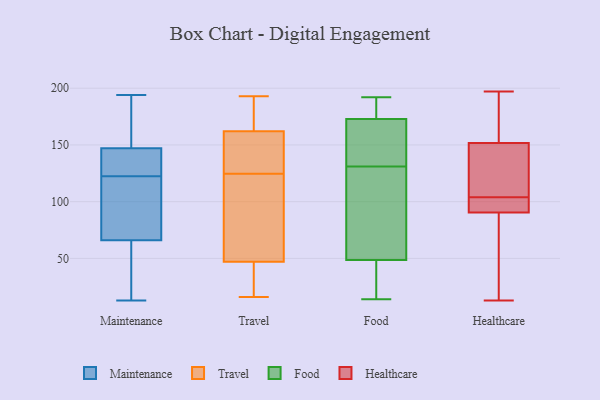
{"axis": {"x": "Population (Million)", "y": "Value"}, "legend": ["Food", "Healthcare", "Maintenance", "Travel"], "data": [{"x": "", "y": 194, "type": "Maintenance"}, {"x": "", "y": 131, "type": "Maintenance"}, {"x": "", "y": 69, "type": "Maintenance"}, {"x": "", "y": 27, "type": "Maintenance"}, {"x": "", "y": 185, "type": "Maintenance"}, {"x": "", "y": 96, "type": "Maintenance"}, {"x": "", "y": 120, "type": "Maintenance"}, {"x": "", "y": 141, "type": "Maintenance"}, {"x": "", "y": 137, "type": "Maintenance"}, {"x": "", "y": 87, "type": "Maintenance"}, {"x": "", "y": 161, "type": "Maintenance"}, {"x": "", "y": 40, "type": "Maintenance"}, {"x": "", "y": 125, "type": "Maintenance"}, {"x": "", "y": 63, "type": "Maintenance"}, {"x": "", "y": 153, "type": "Maintenance"}, {"x": "", "y": 13, "type": "Maintenance"}, {"x": "", "y": 99, "type": "Travel"}, {"x": "", "y": 47, "type": "Travel"}, {"x": "", "y": 193, "type": "Travel"}, {"x": "", "y": 150, "type": "Travel"}, {"x": "", "y": 152, "type": "Travel"}, {"x": "", "y": 43, "type": "Travel"}, {"x": "", "y": 16, "type": "Travel"}, {"x": "", "y": 71, "type": "Travel"}, {"x": "", "y": 169, "type": "Travel"}, {"x": "", "y": 162, "type": "Travel"}, {"x": "", "y": 182, "type": "Travel"}, {"x": "", "y": 29, "type": "Travel"}, {"x": "", "y": 151, "type": "Travel"}, {"x": "", "y": 69, "type": "Travel"}, {"x": "", "y": 131, "type": "Food"}, {"x": "", "y": 150, "type": "Food"}, {"x": "", "y": 41, "type": "Food"}, {"x": "", "y": 192, "type": "Food"}, {"x": "", "y": 105, "type": "Food"}, {"x": "", "y": 117, "type": "Food"}, {"x": "", "y": 131, "type": "Food"}, {"x": "", "y": 171, "type": "Food"}, {"x": "", "y": 144, "type": "Food"}, {"x": "", "y": 71, "type": "Food"}, {"x": "", "y": 180, "type": "Food"}, {"x": "", "y": 14, "type": "Food"}, {"x": "", "y": 44, "type": "Food"}, {"x": "", "y": 180, "type": "Food"}, {"x": "", "y": 178, "type": "Food"}, {"x": "", "y": 38, "type": "Food"}, {"x": "", "y": 50, "type": "Food"}, {"x": "", "y": 184, "type": "Healthcare"}, {"x": "", "y": 92, "type": "Healthcare"}, {"x": "", "y": 148, "type": "Healthcare"}, {"x": "", "y": 181, "type": "Healthcare"}, {"x": "", "y": 153, "type": "Healthcare"}, {"x": "", "y": 19, "type": "Healthcare"}, {"x": "", "y": 145, "type": "Healthcare"}, {"x": "", "y": 94, "type": "Healthcare"}, {"x": "", "y": 103, "type": "Healthcare"}, {"x": "", "y": 78, "type": "Healthcare"}, {"x": "", "y": 145, "type": "Healthcare"}, {"x": "", "y": 104, "type": "Healthcare"}, {"x": "", "y": 127, "type": "Healthcare"}, {"x": "", "y": 60, "type": "Healthcare"}, {"x": "", "y": 90, "type": "Healthcare"}, {"x": "", "y": 97, "type": "Healthcare"}, {"x": "", "y": 13, "type": "Healthcare"}, {"x": "", "y": 197, "type": "Healthcare"}, {"x": "", "y": 181, "type": "Healthcare"}]}